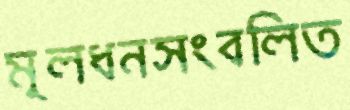
মূলধনসংবলিত